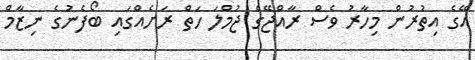
އޭގެ އިތުރުން މިހާރު ވެސް ރާއްޖޭގެ ޖުމްލަ ހަތް ރަށެއްގައި ބޯފެނުގެ ނިޒާމް